Annual statistical returns and brief notes on vaccination in Bengal - 1887-1898
Year: 1887
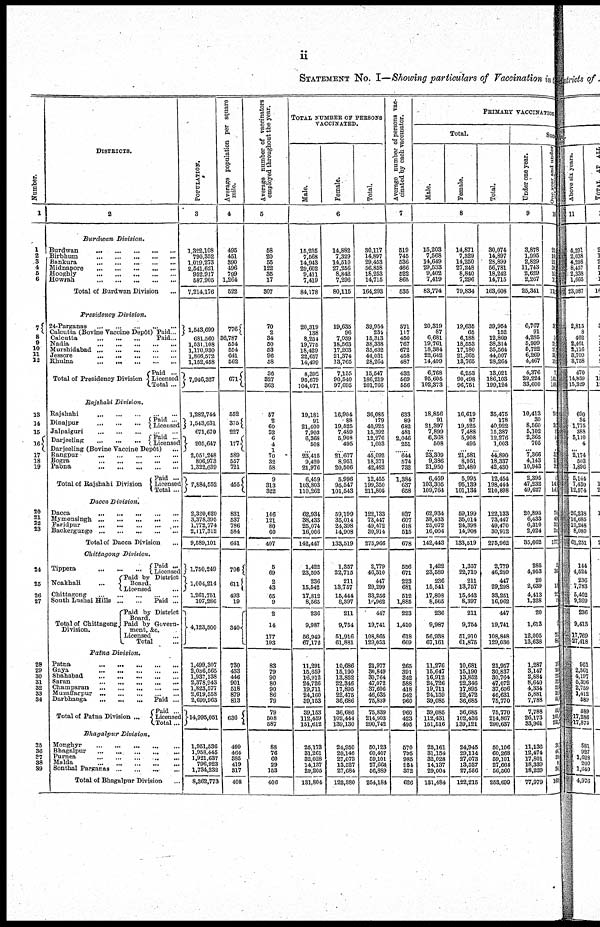
ii
STATEMENT NO. I—Showing particulars of Vaccination in
Number.
1
1
2
3
4
5
6
7
8
9
10
11
12
13
14
15
16
17
18
19
20
21
22
23
24
25
26
27
28
29
30
31
32
33
34
35
36
37
38
39
DISTRICTS.
2
Burdwan
Division.
Burdwan
...
...
...
...
...
Birbbum
...
...
...
...
...
Bankura ... ... ... ...
Midnapore
...
...
...
...
...
Hooghly
...
...
...
...
...
Howrah
...
...
...
...
...
Total of Burdwan Division ...
Presidency
Division.
24-Parganas
...
...
...
...
...
Calcutta (Bovine Vaccine Depôt)
Calcutta ... ... ...
Paid...
Paid...
Nadia
...
...
...
...
...
Murshidabad
...
...
...
...
...
Jessore
...
...
...
...
...
Khulna
...
...
...
...
...
Total of Presidency Division
Paid ...
Licensed
Total ...
Rajshahi
Division.
Rajehahi
...
...
...
...
...
Dinajpur
...
...
...
Paid ...
Licensed
Jalpaiguri ... ... ... ... ...
Darjeeling ... ... ...
Paid ...
Licensed
Darjeeling (Bovine Vaccine Depôt) ...
Rangpur ... ... ... ... ...
Bogra
...
...
...
...
...
Pabna
...
...
...
...
...
Total of Rajshahi Division
Paid ...
Licensed
Total ...
Dacca
Division.
Dacca
...
...
...
...
...
Mymensingh
Farjdpur
Backerguoge
Total of Dacca Division ...
Chittagong
Division.
Tippera
...
...
...
Noakhali ...
Paid ...
Licensed
Paid by District
Board.
Licensed ...
Chittagong
...
...
...
...
South Lushai Hills
...
...
Total of Chittagong
Division.
Paid ...
Paid by District
Board.
Paid by Govern-
ment, &c.
Licensed ...
Total ...
Patna
Division.
Patna
...
...
...
...
...
Gaya ... ... ... ... ...
Shahabad
...
...
...
...
...
Saran ... ... ... ... ...
Champaran
...
...
...
...
...
Muzaffarpur ... ... ... ... ...
Darbhanga ... ... ...
Total of Patna Division ...
Paid ...
Paid ...
Licensed
Total...
Bhagalpur
Division.
Monghyr
...
...
...
...
...
Bhagalpur ... ... ... ... ...
Purnea ... ... ... ... ...
Malda ... ... ... ... ...
Sonthal Parganas ... ... ... ...
Total of Bhagalpur Division ...
POPULATION.
3
1,322,108
790,352
1,019,273
2,541,621
952,917
587,905
7,214,176
1,543,699
681,560
1,531,108
1,170,930
1,866,572
1,152,458
7,946,327
1,282,744
1,543,631
671,670
205,647
2,051,248
806,973
1,322,639
7,884,552
2,320,620
3,378 395
1,772,774
2,117,312
9,589,101
1,750,249
1,004,214
1,261,751
107,286
4,123,500
1,499,307
2,036,665
1,937,138
2,378,943
1,823,577
2,619,558
2,699,963
14,995,051
1,951,536
1,958,445
1,921,937
796,923
1,734,232
8,362,773
Average population per square
mile.
4
495
451
390
496
799
1,264
522
776
36,787
554
554
641
562
671
552
375
227
177
589
557
721
455
831
537
786
584
641
706
611
493
19
340
730
433
446
901
518
879
813
636
499
464
385
419
317
408
Average number of vaccinators
employed throughout the year.
5
58
20
55
122
35
17
307
70
2
34
50
53
96
58
36
327
363
57
2
60
82 6
4
1
70
32
58
9
313
322
146
121
80
60
407
5
69
2
43
65
9
2
14
177
193
83
79
90
80
90
86
79
79
508
587
88
76
60
29
163
406
TOTAL NUMBER OF PERSONS
VACCINATED.
Male.
Female.
Total.
6
15,235
7,568 14,943
29,602
9,411
7,419
84,178
20,319
138
8,254
19,774
18,429
22,657
14,499
8,392
95,679
104,071
19,181
91
21,400
7,903
6,368
508
...
23,415
9,420 21,976
6,459
103,803
110,262
62,934
38,433
25,074
16,006
142,447
1,422
23,596
236
15,542
17,812
8,565
236
9,987
56,949
67,172
11,291
15,659
16,912
24,726
19,711
24,160 39,153
39,163
112,459
151,612
26,173
31,261
32,028
14,137
29,205
131,804
14,882
7,329
14,510
27,256
8,842
7,296
80,115
19,635
96
7,059 18,563
17,203 21,374
13,765
7,155
90,540
97,695
16,904
88
19,525
7,469
5,909
495
...
21,677
8,951
20,506
5,996
95,647
101,643
59,199
35,014
24,398
14,908
133,519
1,357
22,715
211
13,757
15,444
8,397
211
9,754
51,916
61,881
10,686
15,190
13,852
22,346
17,895
22,475 36,686
36,686
102,444
139,130
24,950
29,146
27,073
13,527
27,684
122,380
30,117
14,897
29,453
56,858
18,253
14,715
164,293
39,964
234
15,813
38,338
35,632 44,031
28,264
15,547
186,219
201,766
36,085
179
40,925
15,392
12,276
1,003
...
45,092
18,371
42,482
12,455
199,350
211,805
122,133
73,447 49,472
30,914
275,966
2,779
46,310
447
29,299
33,256
16,962
447
19,741
108,865
129,053
21,977
30,849
30,764
47,072
37,606
46,635 75,839
75,839
214,903
290,742
50,123
60,407
59,101
27,604
56,889
254,164
Average number of persons vac-
cinated by each vaccinator.
7
519
745
536
466
522
865
535
571
117
450 767
672 458
487
432
569
556
633
89
682
481
2,046
251
...
644
574 732
1,384
637
658
837
607
618
515
678
556
671
223
681
512
1,885
223
1,410
618
669
265
391
342
588 418
542 960
960
423
495
570
795
985
951
372
626
PRIMARY VACCINATION
Total.
Male.
Female.
Total.
8
15,203
7,568
14,649
29,633
9,402
7,419
83,774
20,319
87
6,681
19,761
18,384
22,642
14,499
6,768
96,605
102,373
18,866
91
21,397
7,899
6,368
508
...
23,309
9,386
21,950
6,459
103,305
109,764
62,934
38,433 25,072
16,004
142,443
1,422
23,589
236
15,541
17,803
8,565
236
9,987
56,938
67,161
11,276
15,647
16,912
24,726
19,711
24,159 39,085
39,086
112,431
151,516
25,161
31,154
32,028
14,137
29,004
131,484
14,871
7,329
14,260
27,248
8,840
7,296
79,834
19,635
65
6,188
18,553
17,180 21,365
18,765
6,253
90,498
96,751
16,619
87
19,525
7,488
5,908
495
...
21,581
8,961
20,480
5,995
95,139
101,134
59,199
35,014 24 398
14,908
133,519
1,357
22,710
211
13,757
15,443
8,397
211
9,764
51,910
61,876
10,681
15,190
13,862
22,346
17,895
22,472 36,685
36,686
102,436
139,121
24,945
29,114
27,073
13,527
27,556
122,215
30,074
14,897
29,899
56,781
18,242
14,715
163,608
39,954
152
12,869
38,314
35,564 44,007
28,264
13,021
186,103
199,124
35,475
178
40,922
15,387
12,276
1,003
...
44,890
18,337 42,430
12,454
198,444
210,898
122,133
73,447
49,470
30,912
275,962
2,779
46,299
447
29,298
33,261
16,962
447
19,741
108,848
129,036
21,957
30,837
30,764
47,072 37,606
46,631 75,770
75,770
214,867
290,637
50,106
60,268
59,101
27,664
56,560
253,699
Suc
Under one year.
9
3,878
1,995
2,829
11,743
2,629
2,267
25,341
6,767
91
4,285
5,999
5,722
6,269
4,467
4,376
29,224
33,600
10,413
30
8,560
5,102
2,365
705
...
7,366
4,143
10,943
2,395
47,232
49,627
20,895
6,433
6,310
2,024
35,662
285
4,953
20
2,639
4,413
1,328
20
1,613
12,005
13,638
1,287
3,147
2,884
8,640
4,334
5,881
7,788
7,788
26,173
33,961
11,136
12,474
17,801
18,339
18,229
77,979
One year and under.
10
21
10 21
36
11
13
11
3
9 25
27 33
19
7
141
148
24
3
1
1
...
3 1
2
1
14
14
7
42
3
20
177
2
3
11
2
0
7
8
12
11
22
22
22
32
66
66
163
233
36
46
99
9 36
169